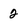
Character: 2